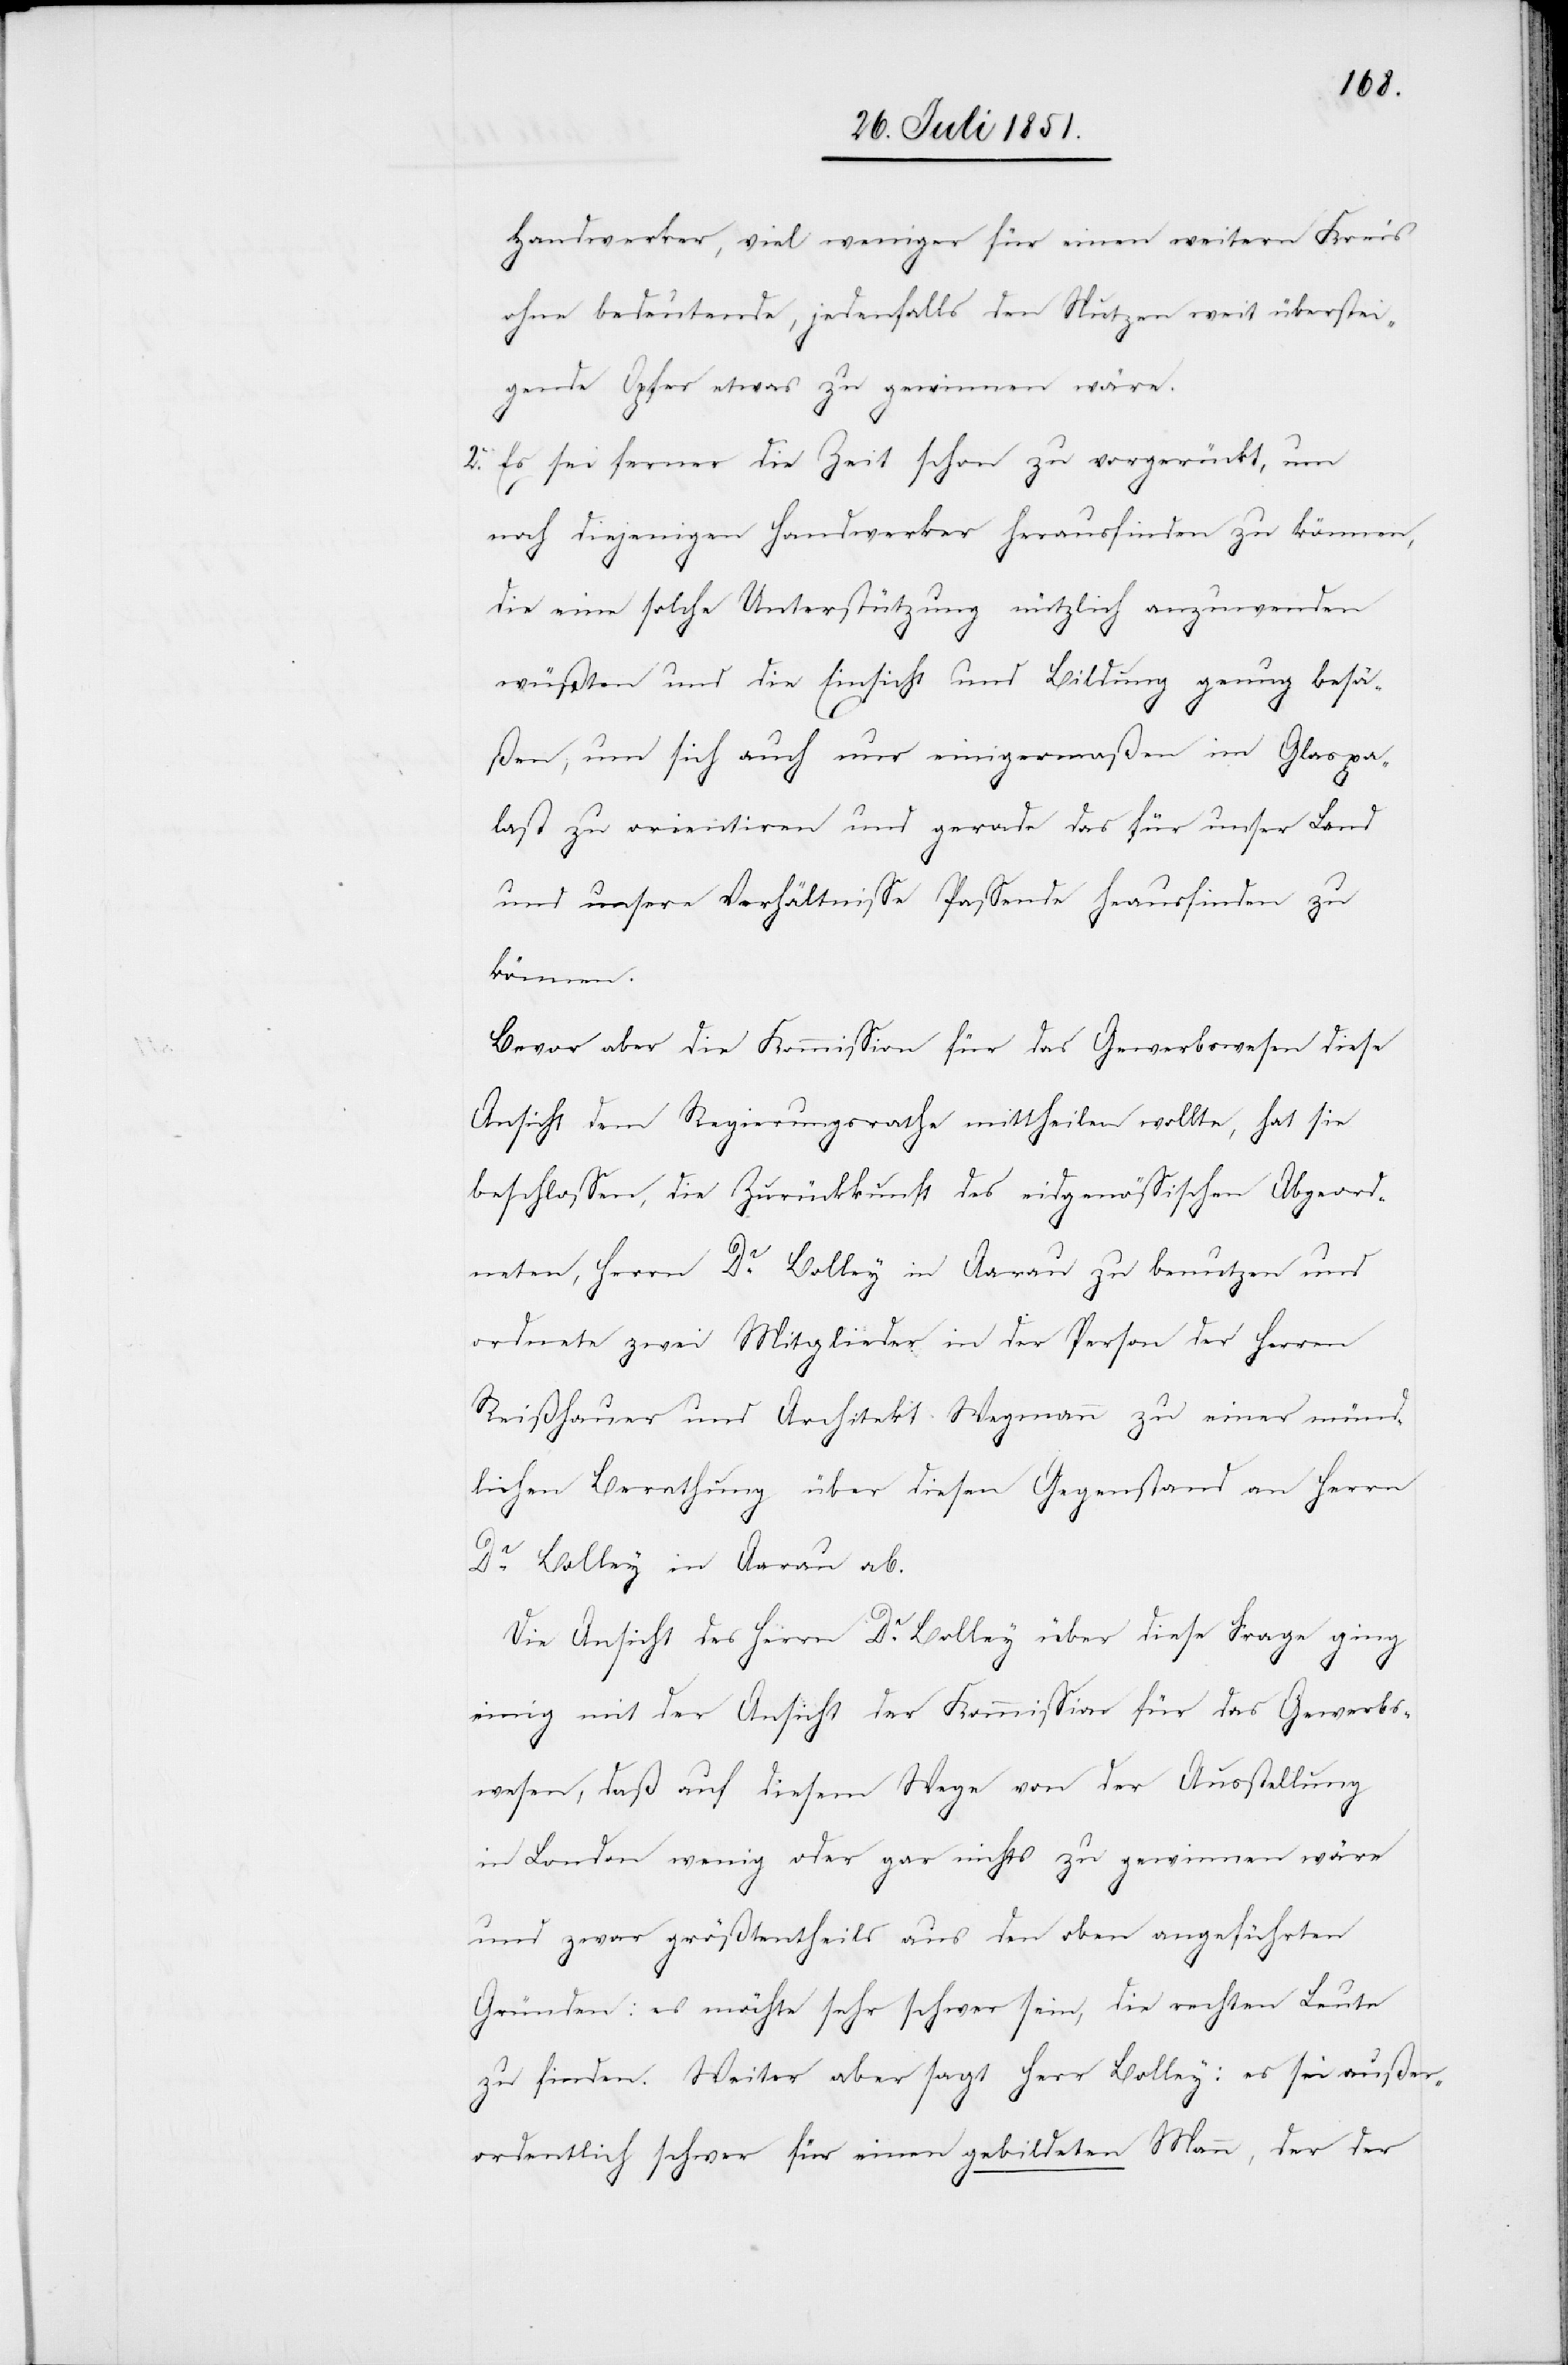
Handwerker, viel weniger für einen weitern Kreis
ohne bedeutende, jedenfalls den Nutzen weit überstei¬
gende Opfer etwas zu gewinnen wäre.
Es sei ferner die Zeit schon zu vorgerückt, um
noch diejenigen Handwerker herausfinden zu können,
die eine solche Unterstützung nützlich anzuwenden
wüßten und die Einsicht und Bildung genug besä¬
ßen, um sich auch nur einigermaßen im Glaspa¬
last zu orientiren und gerade das für unser Land
und unsere Verhältnisse Passende he[r]ausfinden zu
können.
Bevor aber die Kommission für das Gewerbswesen diese
Ansicht dem Regierungsrathe mittheilen wollte, hat sie
beschlossen, die Zurückkunft des eidgenössischen Abgeord¬
neten, Herrn Dr. Bolley in Aarau zu benutzen und
ordnete zwei Mitglieder in der Person der Herren
Reißhauer und Architekt Wegmann zu einer münd¬
lichen Berathung über diesen Gegenstand an Herrn
Dr. Bolley in Aarau ab.
Die Ansicht des Herrn Dr. Bolley über diese Frage ging
einig mit der Ansicht der Kommission für das Gewerbs¬
wesen, daß auf diesem Wege von der Ausstellung
in London wenig oder gar nichts zu gewinnen wäre
und zwar größtentheils aus den oben angeführten
Gründen: es möchte sehr schwer sein, die rechten Leute
zu finden. Weiter aber sagt Herr Bolley: es sei außer¬
ordentlich schwer für einen gebildeten Mann, der der